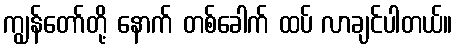
ကျွန်တော်တို့ နောက် တစ်ခေါက် ထပ် လာချင်ပါတယ်။